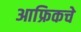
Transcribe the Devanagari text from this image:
आफ्रिकचे